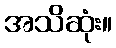
အသိဆုံး။